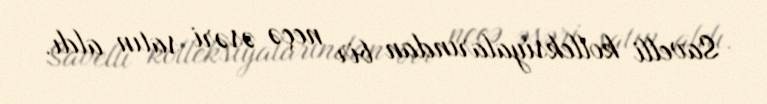
Savelli kolleksiyalarından bir neçə əsəri satın aldı.